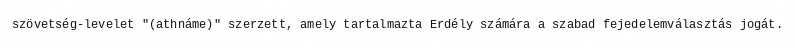
szövetség-levelet "(athnáme)" szerzett, amely tartalmazta Erdély számára a szabad fejedelemválasztás jogát.